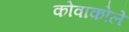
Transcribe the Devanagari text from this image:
कोवाकोले